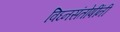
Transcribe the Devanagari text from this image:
विघ्नसंतोषींनी